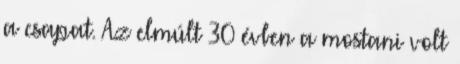
a csapat. Az elmúlt 30 évben a mostani volt